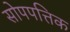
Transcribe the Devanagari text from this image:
सोपपत्तिक